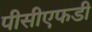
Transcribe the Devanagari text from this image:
पीसीएफडी